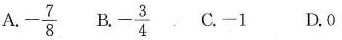
A. $$- \frac{7}{8}$$ B. $$- \frac{3}{4}$$ C-1 D.0